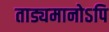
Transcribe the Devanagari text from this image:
ताड्यमानोऽपि